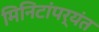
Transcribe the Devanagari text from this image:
मिनिटांपर्यंत